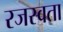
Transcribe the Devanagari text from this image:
रजस्वता